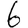
Digit: 6